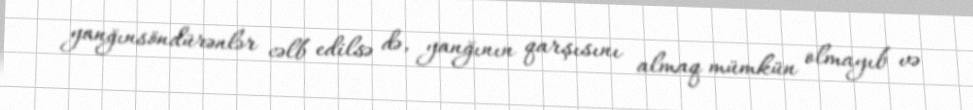
yanğınsöndürənlər cəlb edilsə də, yanğının qarşısını almaq mümkün olmayıb və